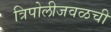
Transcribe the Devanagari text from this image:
त्रिपोलीजवळची